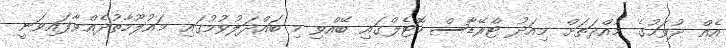
އެއް ދުވަހުގެ މުއްދަތަށް މިއަދު ޓްރޭޑާސް ހޮޓެލްގައި ބޭއްވި މި ބައްދަލުވުމުގައި މައުލޫމާތުދެއްވާފައިވަނީ